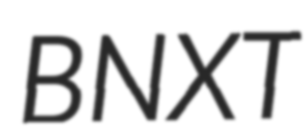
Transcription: BNXT